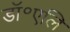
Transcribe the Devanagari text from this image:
डॉ॰एलि